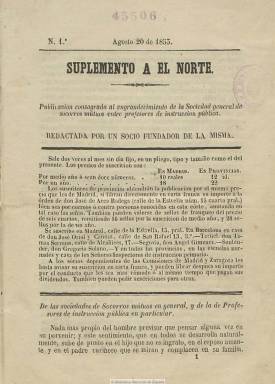
Título: Suplemento a El Norte
Colección: Educación
Ámbito geográfico: Madrid
Lugar de publicación: Madrid
Fechas: 20/08/1853-22/05/1854

Aparece el 20 de agosto de 1853, como “publicación consagrada al engrandecimiento de la Sociedad de Socorros Mutuos entre Profesores de Instrucción Pública”, tal como se indica en su cabecera, que después modifica para expresar que es la “publicación oficial” de dicha sociedad. Aunque su título pueda dar a equívocos, pues hace referencia explícita al semanario El norte, que venía publicándose desde el mes de abril de ese año, hay que considerar al Suplemento… como periódico autónomo, también por sus exclusivos contenidos.

Comienza su primer número con un artículo en el que da cuenta de las funciones de este tipo de mutualidades, que nacieron y se desarrollaron para la defensa y mejora de los intereses profesionales y laborales de sus asociados, que en el caso de la de profesores de instrucción pública había celebrado su primera junta en el ya lejano 25 de julio de 1840. En sus páginas informará del estado y desarrollo de la sociedad hasta el 31 de diciembre de 1852, e irá dando cuenta de sus estatutos y sus reformas, socios, liquidaciones, dividendos y otras cuentas. Además da espacio para la sección “Correspondencia”.

Sólo al final de su vida indica pie de imprenta, y  aparecerá dos veces al mes (sin día fijo), en entregas de ocho páginas, compuestas a una columna, aunque alguno de sus números será doble (y de 16 páginas), como el 17/18, de 22 de mayo de 1854, con el que finaliza su edición, siendo sustituido en junio por El preceptor de instrucción primaria, que seguirá su secuencia numérica, y también como órgano oficial de la sociedad, que a su vez, en 1856, reducirá su título sólo a El preceptor, sumando ya estos títulos artículos doctrinales sobre la materia educativa.

El Suplemento a El Norte fue redactado por un socio fundador de la sociedad, con toda probabilidad por el profesor José de Arce Bodega, que después será inspector general de Instrucción Primaria, en cuyo domicilio se libraban las suscripciones tanto de Madrid como de provincias en donde la mutualidad estaba extendida. Arce será También director de El preceptor. Pero con este último título y también habiendo dedicado sus páginas a esta sociedad de socorros mutuos había aparecido una publicación quincenal el 15 de septiembre de 1853 (véase Hartzenbusch), de cuyos tres primeros números había dado cuenta el propio Arce en el número del Suplemento… de 29 de octubre de este año.